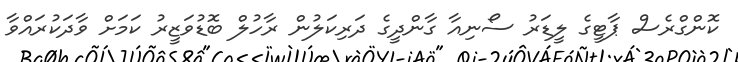
ކޮންގްރެސް ޕާޓީގެ ލީޑަރު ސޯނިއާ ގާންދީގެ ދަރިކަލުން ރާހުލް ބޮޑުވަޒީރު ކަމަށް ވާދަކުރައްވާ